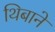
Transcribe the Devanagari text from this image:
थिबाने